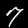
Label: 7